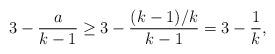
LaTeX: \begin{align*}3-\frac{a}{k-1}\geq 3-\frac{(k-1)/k}{k-1} = 3-\frac1{k},\end{align*}